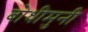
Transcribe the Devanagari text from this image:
बोधीमुनी